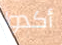
أكدوا